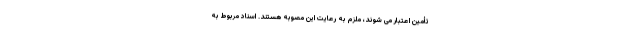
تأمین اعتبار می شوند، ملزم به رعایت این مصوبه هستند. اسناد مربوط به